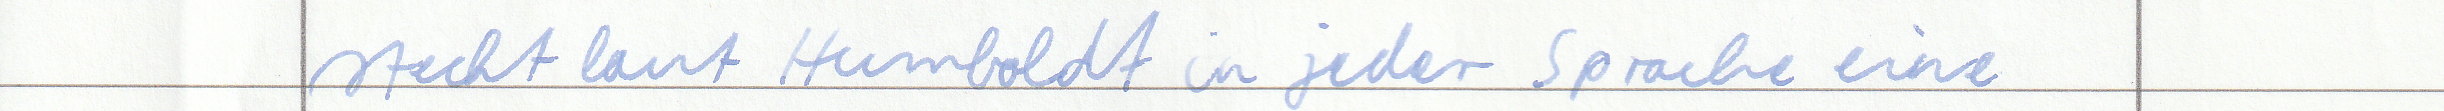
steckt laut Humboldt in jeder Sprache eine